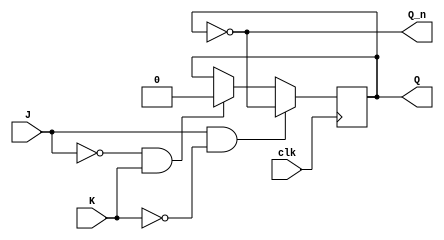
module neg_edge_jk_ff (
    input J,
    input K,
    input clk,
    output reg Q,
    output reg Q_n
);

always @ (negedge clk) begin
    if (J & ~K) begin //toggle
        Q <= ~Q;
    end else if (~J & K) begin //reset
        Q <= 1'b0;
    end else if (J & K) begin //hold
        Q <= Q;
    end else begin //no change
        Q <= Q;
    end
end

assign Q_n = ~Q;

endmodule